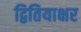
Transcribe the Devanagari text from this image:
द्वितियाक्षर